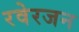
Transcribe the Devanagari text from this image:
रवेरजन